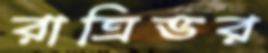
রাত্রিভর